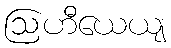
ဩဟီယေယျ